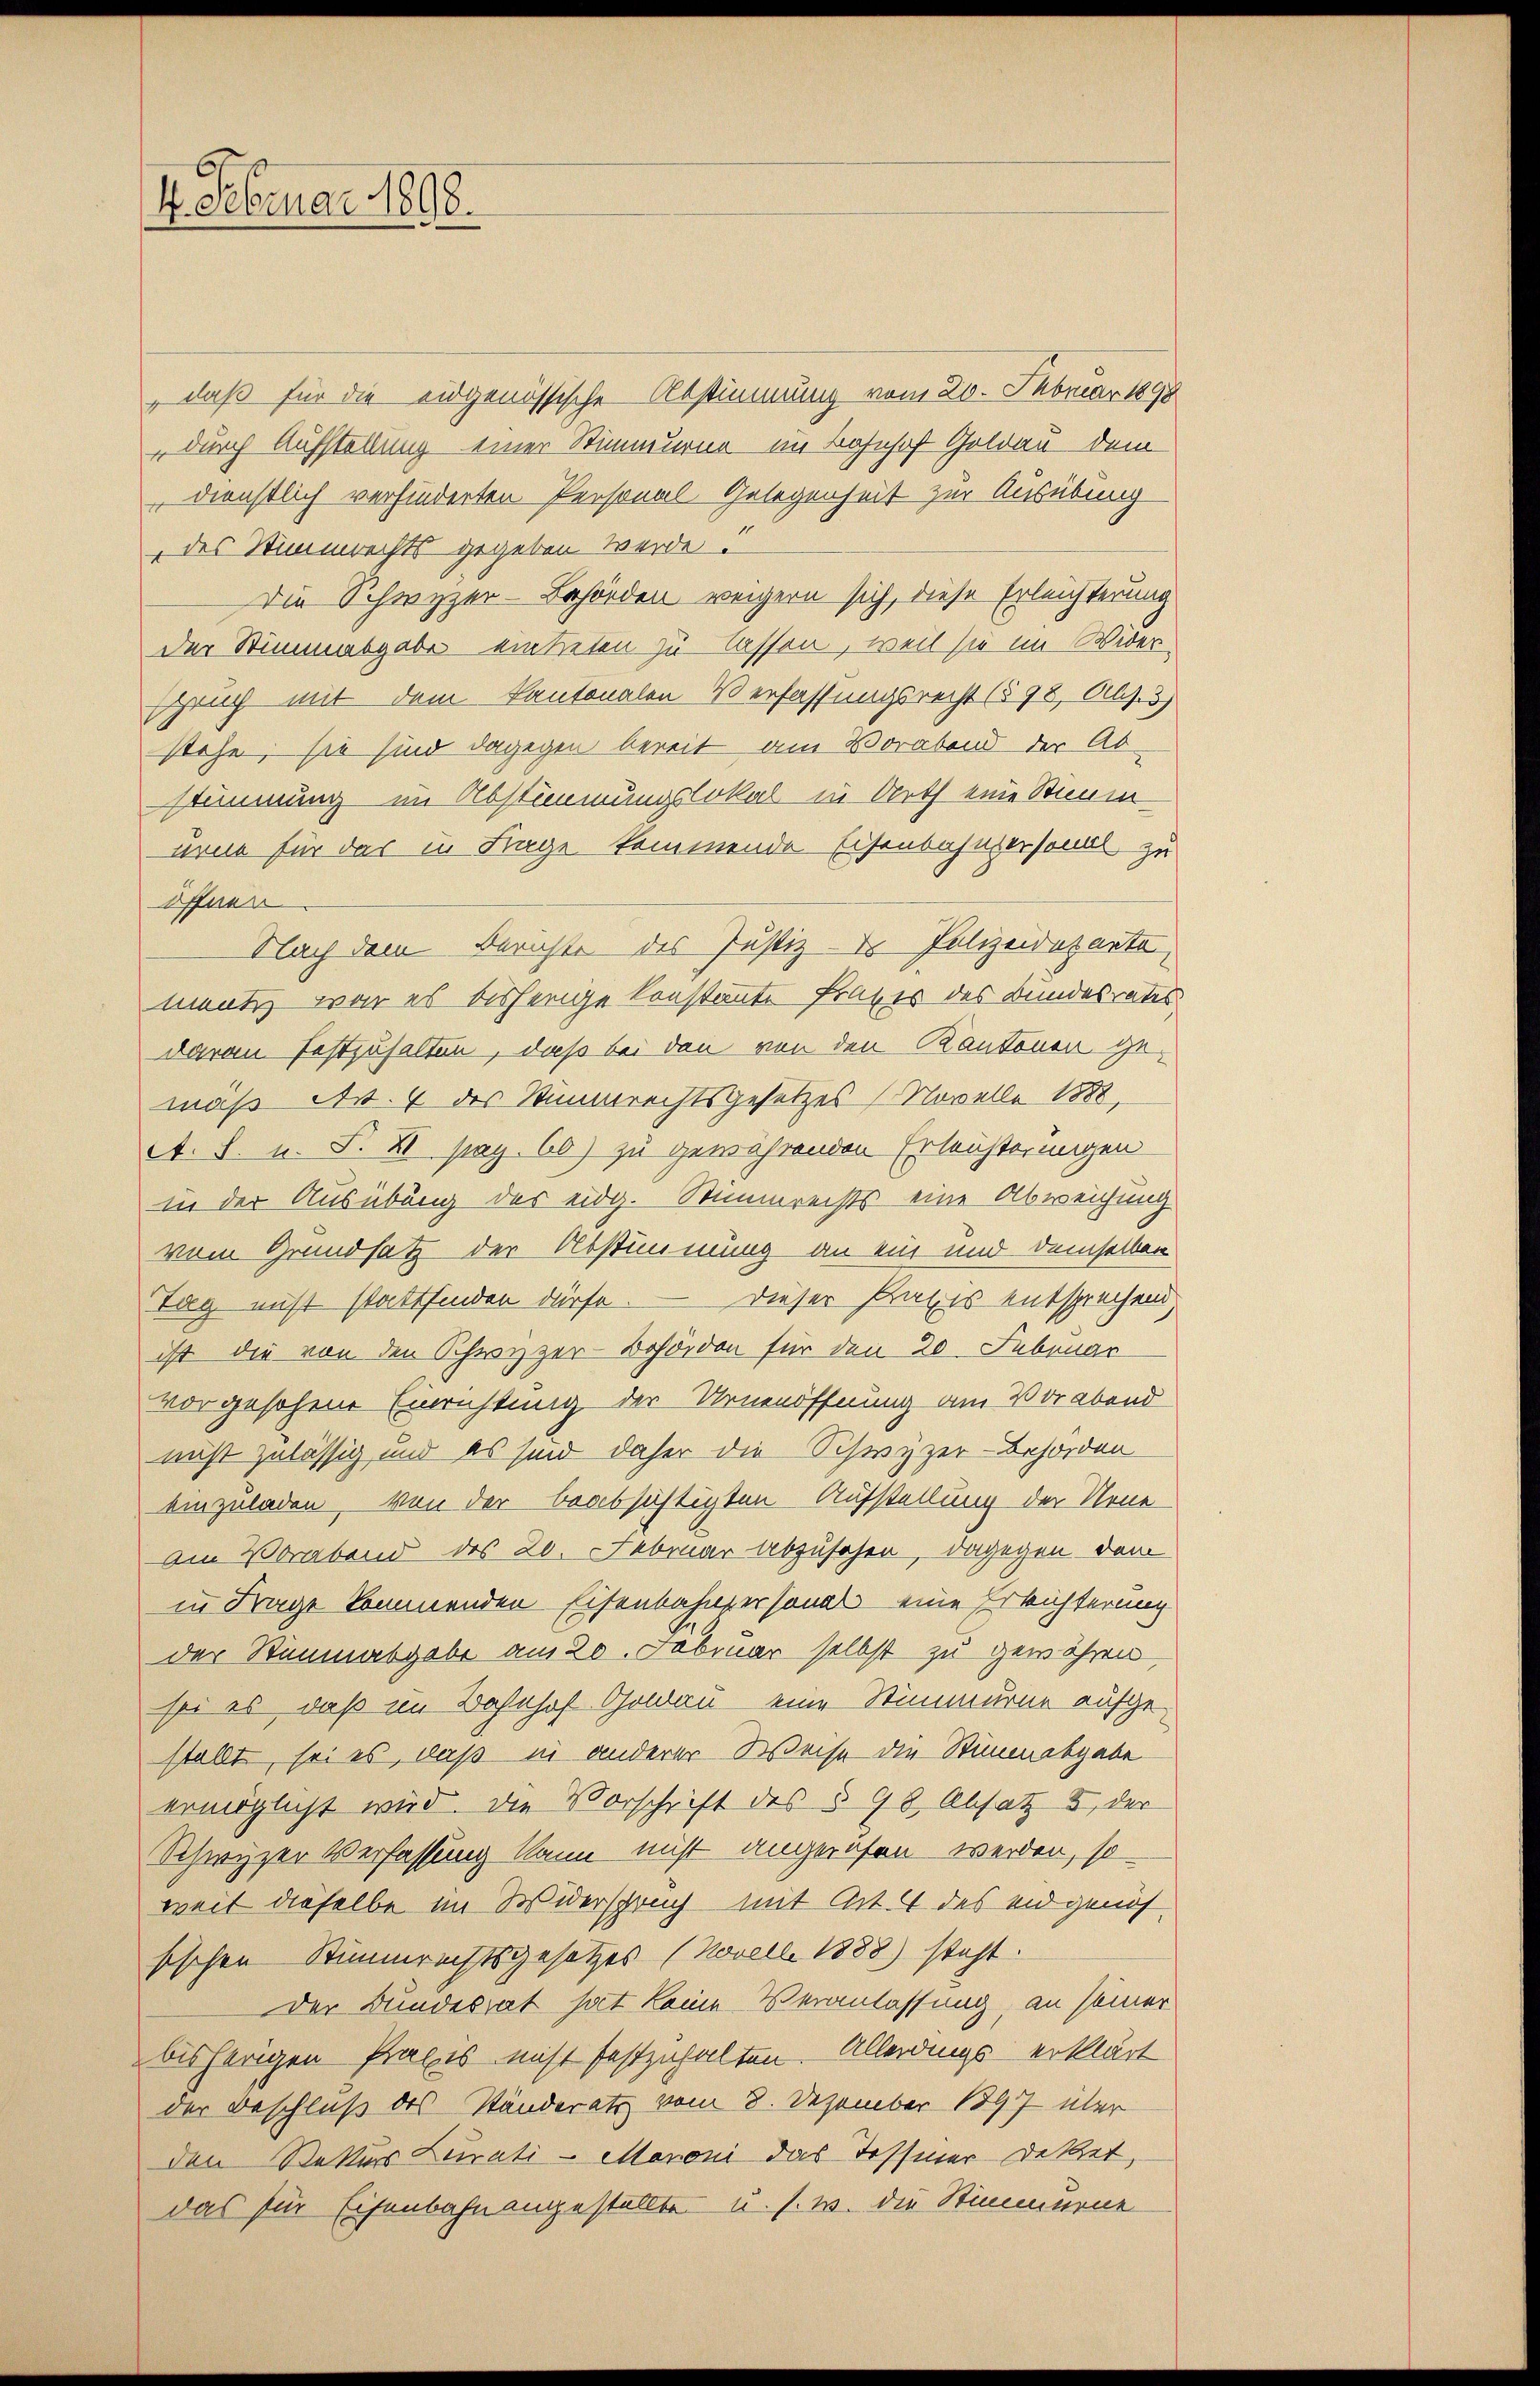
7. Februar 1898.

„daß für die eidgenössische Abstimmung vom 20. Februar 1898
durch Aufstellung einer Stimmurne im Bahnhof Goldau dem
dienstlich verhinderten Personal-Gelegenheit zur Ausübung
des Stimmrechts gegeben werde?
Die Schwyzer-Behörden weigern sich, diese Erleichterung
der Stimmatgabe eintreten zu lassen, weil sie im Wider-
zeich mit dem Kantonalen Verfassungsrecht (§ 98, Abs. 3)
stehe; sie sind dagegen bereit am Vorabend der Ab-
stimmung im Abstimmungslokal in Arth eine Stimm
nene für das in Frage kommende Eisenbahnpersonal zu
öffnen
Nach dem Berichte des Justiz- & Polizeideparte,
mentz war es bisherige konstante Frages des Bundesrates
daran festzuhalten, daß bei den von den Kantonen gemaß Nr. 4 des Stimmrechtsgesetzes Novelle 1888,
A. S. u. S. XI. pag. 60) zu gewährenden Erleichterungen
in der Ausübung der eidg. Stimmrechts eine Abweichung
vom Grundsatz der Abstimmung an ein und demselben
Dieser Praxis entsprechend
Tag nicht stattfinden dürfe.
ist die von den Schreizzer-Bohdidon für den 20. Februar
vorgesehene Einrichtung der Urnenöffnung am Vorabend
nicht zulässig und es sind daher die Schwyzer-Behörden
einzuladen, von der beabsichtigten Aufstellung der Neue
Am Vorabend des 20. Februar abzusehen, dagegen dem
in Frage kommenden Eisenbahngersonals eine Erleichterung
der Staumabgabe am 20. Februar selbst zu gewähren,
sei es, daß im Bahnhof Goldau eine Stimmung aufgestellt, sei es, daß in anderer Weise die Stimmesgabe
ermöglicht wird. Die Vorschrift des § 98, Absatz 3 der
Schwyzer Verfassung kann nicht angerufen werden, so
weit dieselbe im Widerspruch mit Art. 4 des eidgenös
sischen Stimmrechtsgesetzes (Novelle 1888) steht.
der Bundesrat hat keine Veranlassung, an seiner
bisherigen Praxis nicht festzuhalten. Allerdings erklärt
der Beschluß des Ständerats vom 8. Dezember 1897 über
den Retturs Lurati-Maroni das Tessiner Dettet,
das für Eisenbahn angestellte u. s. w. die Stimmurne